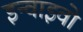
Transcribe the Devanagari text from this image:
इन्वाइवो